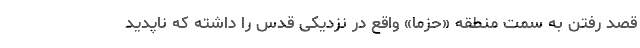
قصد رفتن به سمت منطقه «حزما» واقع در نزدیکی قدس را داشته که ناپدید